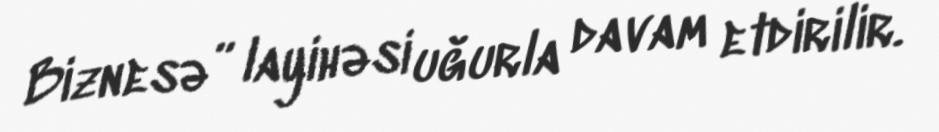
Biznesə” layihəsi uğurla davam etdirilir.